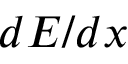
d E / d x